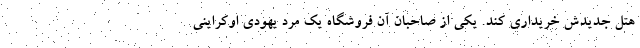
هتل جدیدش خریداری کند. یکی از صاحبان آن فروشگاه یک مرد یهودی اوکراینی